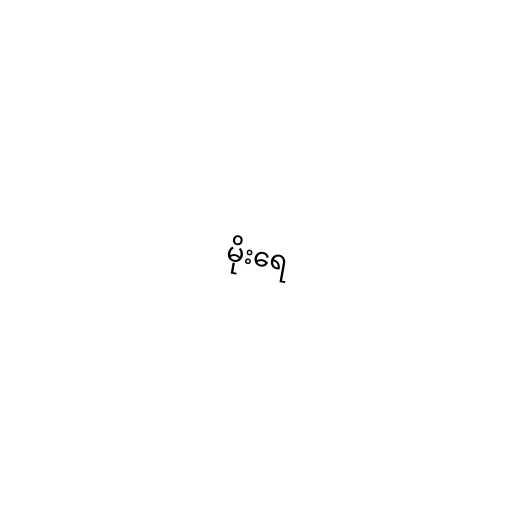
မိုးရေ